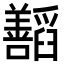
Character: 𬚁